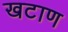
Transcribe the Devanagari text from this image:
खटाण